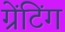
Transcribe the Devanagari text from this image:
ग्रेंटिंग